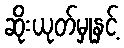
ဆိုးယုတ်မှုနှင့်